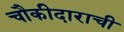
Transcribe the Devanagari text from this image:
चौकीदाराची